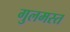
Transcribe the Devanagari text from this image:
गुलमस्त